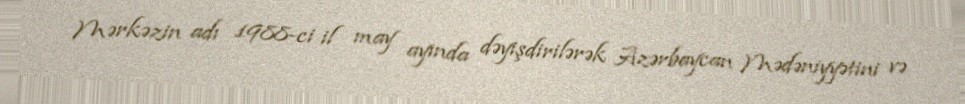
Mərkəzin adı 1988-ci il may ayında dəyişdirilərək Azərbaycan Mədəniyyətini və